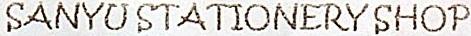
SANYU STATIONERY SHOP